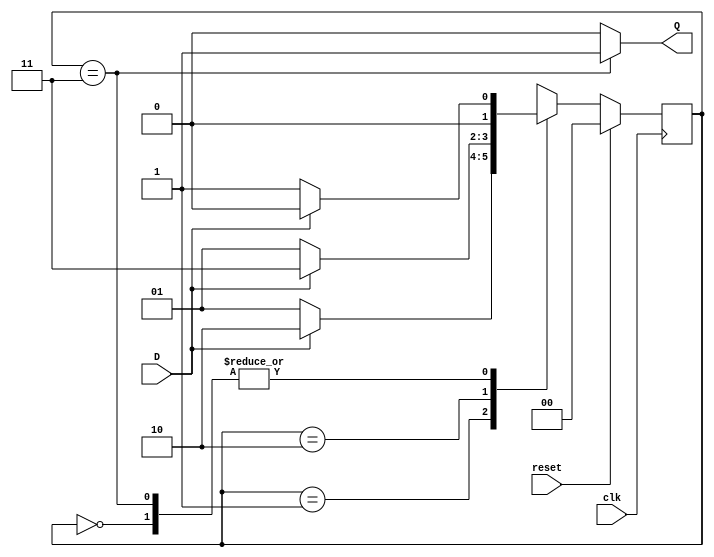
//**************************************************************************
//
//    Copyright (C) 2024  John Winans
//
//    This library is free software; you can redistribute it and/or
//    modify it under the terms of the GNU Lesser General Public
//    License as published by the Free Software Foundation; either
//    version 2.1 of the License, or (at your option) any later version.
//
//    This library is distributed in the hope that it will be useful,
//    but WITHOUT ANY WARRANTY; without even the implied warranty of
//    MERCHANTABILITY or FITNESS FOR A PARTICULAR PURPOSE.  See the GNU
//    Lesser General Public License for more details.
//
//    You should have received a copy of the GNU Lesser General Public
//    License along with this library; if not, write to the Free Software
//    Foundation, Inc., 51 Franklin Street, Fifth Floor, Boston, MA  02110-1301
//    USA
//
//**************************************************************************

// See the following for details on the FSM in this design:
// https://faculty.cs.niu.edu/~winans/CS463/2022-fa/#fsm

// This FSM is a recognizer with synchronous reset.

module fsm(
    input wire              clk,    // the system clock
    input wire              reset,  // synchronous reset to reset the FSM
    input wire              D,      // The synchronous serial data input
    output wire             Q       // The output (high when in state 2'b11)
    );

    // The current state of this FSM is a 2-bit number
    reg [1:0]  S_reg, S_next;

    // the course handout uses a falling edge clock
    always @(negedge clk)
        if (reset)  S_reg <= 2'b0;
        else        S_reg <= S_next;

    always @(*) begin
        S_next = 2'bxx;

        case( S_reg )
        2'b00:
            if ( D )    S_next = 2'b00;
            else        S_next = 2'b01;
        2'b01:
            if ( D )    S_next = 2'b10;
            else        S_next = 2'b01;
        2'b10:
            if ( D )    S_next = 2'b11;
            else        S_next = 2'b01;
        2'b11:
            if ( D )    S_next = 2'b00;
            else        S_next = 2'b01;

        endcase
    end

    // the output is true when we are in state 2'b11
    assign Q = S_reg == 2'b11 ? 1 : 0;

endmodule